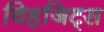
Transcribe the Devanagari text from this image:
विहजिट्स